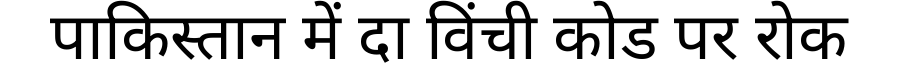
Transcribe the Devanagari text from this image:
पाकिस्तान में दा विंची कोड पर रोक